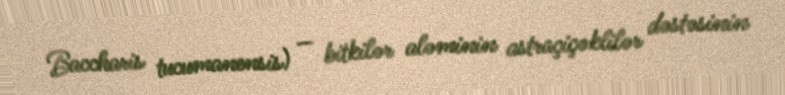
Baccharis tucumanensis) — bitkilər aləminin astraçiçəklilər dəstəsinin